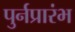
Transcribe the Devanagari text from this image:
पुर्नप्रारंभ